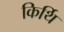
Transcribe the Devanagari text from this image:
किर्थि